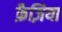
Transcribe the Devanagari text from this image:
फ़ैज़िया